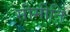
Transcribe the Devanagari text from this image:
सीमीति